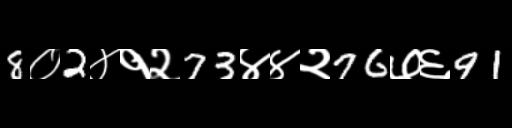
Text: 8०2४१२73४४२76७६91